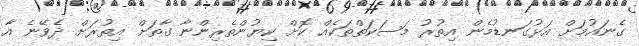
ގެނައުމަށް އަޅުގަނޑުމެން އިތުރު މަސަކަތްތަކެއް ކޮށް ކިޔުންތެރިންނާ ގާތަށް އިތުރަށް ދެވޭނެ އާ